Annual report on the lock hospitals of the Madras Presidency
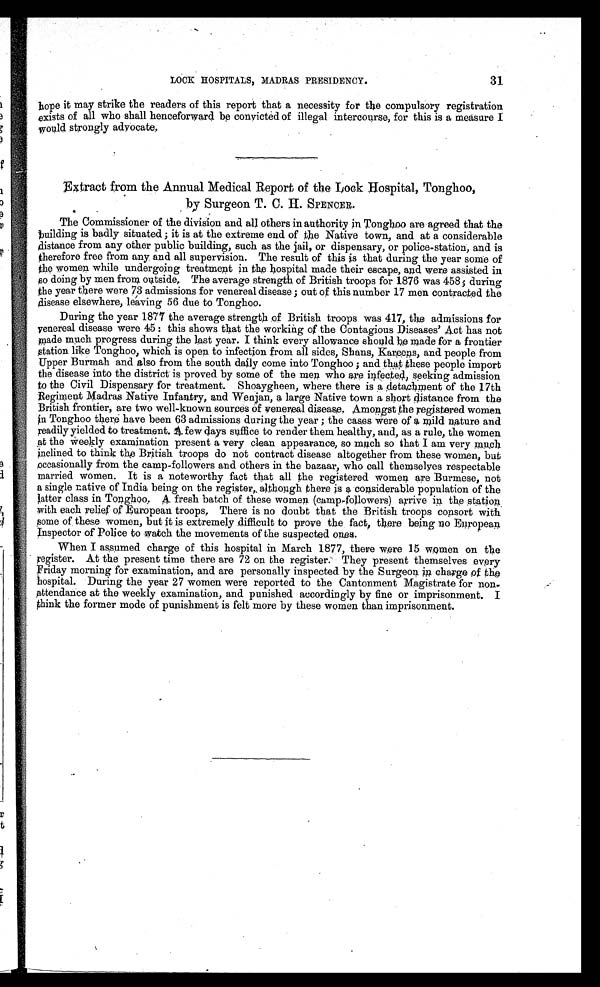
r31 LOCK HOSPITALS, MADRAS PRESIDENCY.
hope it may strike the readers of this report that a necessity for the compulsory registration
exists of all who shall henceforward be convicted of illegal intercourse, for this is a measure I
would strongly advocate.
Extract from the Annual Medical Report of the Lock Hospital, Tonghoo,
by Surgeon T. C. H. SPENCER.
The Commissioner of the division and all others in authority in Tongboo are agreed that the
building is badly situated ; it is at the extreme end of the Native town, and at a considerable
distance from any other public building, such as the jail, or dispensary, or police-station, and is
therefore free from any and all supervision. The result of this is that during the year some of
the women while undergoing treatment in the hospital made their escape, and were assisted in
so doing by men from outside, The average strength of British troops for 1876 was 458; durin
g the year there were 73 admissions for venereal disease ; out of this number 17 men contracted the
disease elsewhere, leaving 56 due to Tonghoo.
During the year 1877 the average strength of British troops was 417, the admissions for
venereal disease were 45 : this shows that the working of the Contagious Diseases' Act has not
made much progress during the last year. I think every allowance should be made for a frontier
station like Tonghoo, which is open to infection from all sides, Spans, Kareens, and people from
Upper Burmah and also from the south daily come into Tonghoo ; and that these people import
the disease into the district is proved by some of the men who are infected, seeking admission
to the Civil Dispensary for treatment. Shoaygheen, where there is a detachment of the 17th
-Regiment Madras Native Infantry, and Wenjan, a large Native town a short distance from the
British frontier, are two well-known sources of venereal disease. Amongst the registered women
n Tonghoo there have been 63 admissions during the year ; the cases were of a mild nature and
readily yielded to treatment. A few days suffice to render them healthy, and, as a rule, the women
at the weekly examination present a very clean appearance, so much so that I am very pinch
inclined to think the British troops do not contract disease altogether from these women, but
occasionally from the camp-followers and others in the bazaar, who call themselves respectable
married women. It is a noteworthy fact that all the registered women are Burmese, not
a single native of India being on the register, although there is a considerable population of the
latter class in Tonghoo. A fresh batch of these women (camp-followers) arrive in the station
with each relief of European troops, There is no doubt that the British troops consort with
some of these women, but it is extremely difficult to prove the fact, there being no European
Inspector of Police to watch the movements of the suspected ones.
When I assumed charge of this hospital in March 1877, there were 15 women on the
register. At the present time there are 72 on the register. They present themselves every
Friday morning for examination, and are personally inspected by the Surgeon in charge of the
hospital. During the year 27 women were reported to the Cantonment Magistrate for non
-attendance at the weekly examination, and punished accordingly by fine or imprisonment. I
think the former mode of punishment is felt more by these women than imprisonment.
1